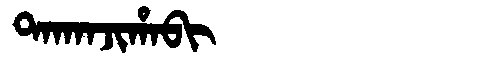
Manchu: ᡨᠠᡴᠠᠨᠵᡳᡥᠠᠪᡳ
Romanization: TAKANJIHABI